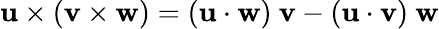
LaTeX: \mathbf{u}\times(\mathbf{v}\times\mathbf{w})=(\mathbf{u}\cdot\mathbf{w})\ \mathbf{v}-(\mathbf{u}\cdot\mathbf{v})\ \mathbf{w}